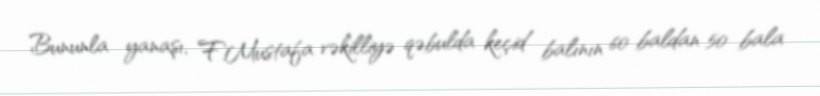
Bununla yanaşı, F.Mustafa vəkilliyə qəbulda keçid balının 60 baldan 50 bala